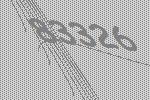
83326